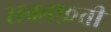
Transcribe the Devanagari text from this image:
सकाफ़ती